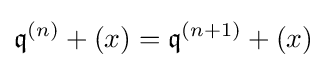
{\mathfrak {q}}^{(n)}+(x)={\mathfrak {q}}^{(n+1)}+(x)